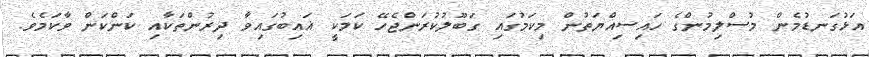
އަޅުގަނޑުމެން މުސްލިމުންގެ ހައިސިއްޔަތުން މިކަމުގައި ގަބޫލުކުރަންޖެހޭ ކަމަކީ ޣައިބުގައިވާ ދިރުންތަކާއި ކަންކަން ވާކަމެވެ.